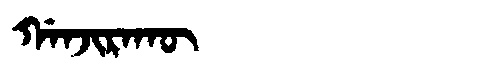
Manchu: ᡤᠠᠨᠵᡳᡵᠠᡴᡡ
Romanization: GANJIRAKŪ